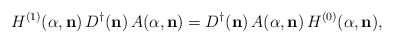
\begin{align*} H^{(1)}({\alpha},{\bf n})\,D^{\dagger}({\bf n})\,A({\alpha},{\bf n})=D^{\dagger}({\bf n})\,A({\alpha},{\bf n})\,H^{(0)}({\alpha},{\bf n}),\end{align*}